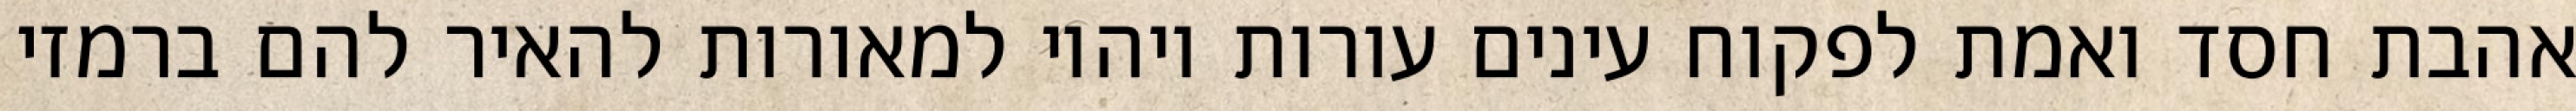
אהבת חסד ואמת לפקוח עינים עורות ויהיו למאורות להאיר להם ברמזי